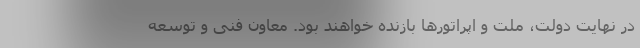
در نهایت دولت، ملت و اپراتورها بازنده خواهند بود. معاون فنی و توسعه